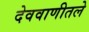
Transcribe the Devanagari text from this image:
देववाणीतले